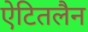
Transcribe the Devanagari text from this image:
ऐटितलैन